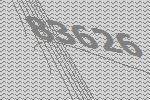
83626